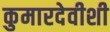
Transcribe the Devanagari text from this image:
कुमारदेवीशी